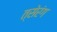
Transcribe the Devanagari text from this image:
त्सेरंग